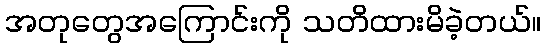
အတုတွေအကြောင်းကို သတိထားမိခဲ့တယ်။